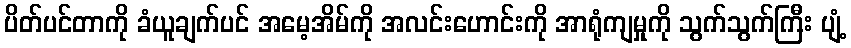
ပိတ်ပင်တာကို ခံယူချက်ပင် အမေ့အိမ်ကို အလင်းဟောင်းကို အာရုံကျမှုကို သွက်သွက်ကြီး ပျံ့